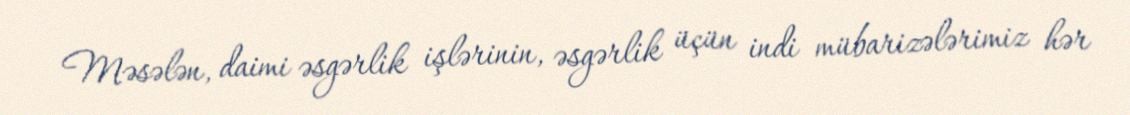
Məsələn, daimi əsgərlik işlərinin, əsgərlik üçün indi mübarizələrimiz hər